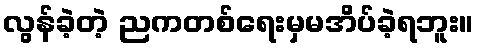
လွန်ခဲ့တဲ့ ညကတစ်ရေးမှမအိပ်ခဲ့ရဘူး။